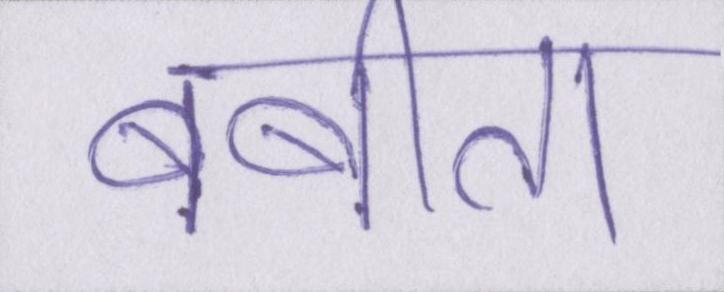
बबीता